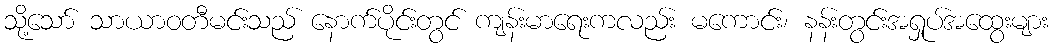
သို့သော် သာယာဝတီမင်းသည် နောက်ပိုင်းတွင် ကျန်းမာရေးကလည်း မကောင်း၊ နန်းတွင်းအရှုပ်အထွေးများ